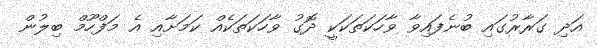
އަދި ގަރާރުގައި ބުނެފައިވާ ވާހަކަތަކަކީ ދޮގު ވާހަކަތަކެއް ކަމަށާއި އެ މަފްހޫމް ބިލުން